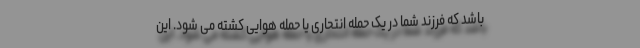
باشد که فرزند شما در یک حمله انتحاری یا حمله هوایی کشته می شود. این